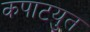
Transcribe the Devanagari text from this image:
कपाटयुत